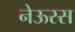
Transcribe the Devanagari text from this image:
नेऊस्स